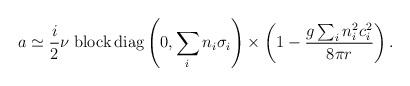
\begin{align*}a\simeq\frac{i}{2} \nu \; {\rm block \, diag} \left(0,\sum_i n_i \sigma_i \right) \times \left( 1 - \frac{g\sum_i n_i^2 c_i^2}{8\pi r} \right).\end{align*}